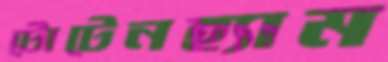
টোটেনহ্যাম